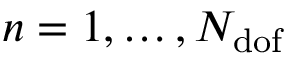
n = 1 , \dots , N _ { \mathrm { d o f } }